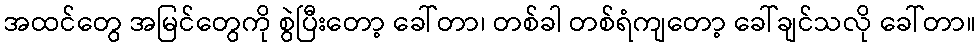
အထင်တွေ အမြင်တွေကို စွဲပြီးတော့ ခေါ်တာ၊ တစ်ခါ တစ်ရံကျတော့ ခေါ်ချင်သလို ခေါ်တာ။